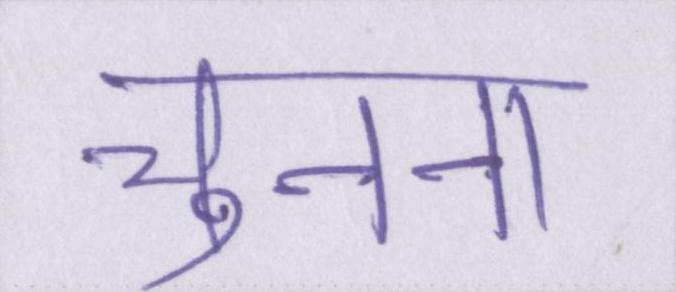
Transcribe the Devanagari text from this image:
चुनना